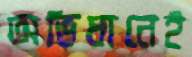
অভিধানেই